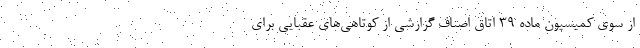
از سوی کمیسیون ماده ۳۹ اتاق اصناف گزارشی از کوتاهی‌های عقبایی برای